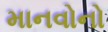
માનવોનો